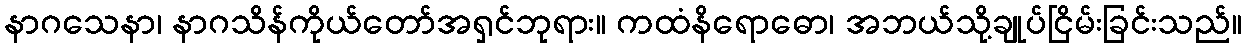
နာဂသေနာ၊ နာဂသိန်ကိုယ်တော်အရှင်ဘုရား။ ကထံနိရောဓော၊ အဘယ်သို့ချုပ်ငြိမ်းခြင်းသည်။